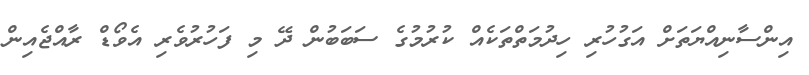
އިންސާނިއްޔަތަށް އަގުހުރި ހިދުމަތްތަކެއް ކުރުމުގެ ސަބަބުން ދޭ މި ފަހުރުވެރި އެވޯޑް ރާއްޖެއިން